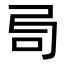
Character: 𠯶